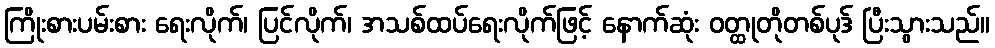
ကြိုးစားပမ်းစား ရေးလိုက်၊ ပြင်လိုက်၊ အသစ်ထပ်ရေးလိုက်ဖြင့် နောက်ဆုံး ဝတ္ထုတိုတစ်ပုဒ် ပြီးသွားသည်။